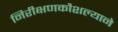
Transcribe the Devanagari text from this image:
निरीक्षणकौशल्याने